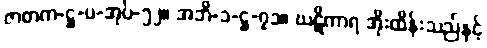
ဇာတက-ဋ္ဌ-ပ-အုပ်-၅၂။ အဘိ-၁-ဋ္ဌ-၇၁။ ဃဋိကာရ အိုးထိန်းသည်နှင့်